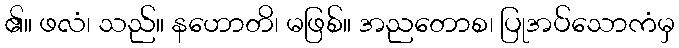
၏။ ဖလံ၊ သည်။ နဟောတိ၊ မဖြစ်။ အညတောစ၊ ပြုအပ်သောကံမှ